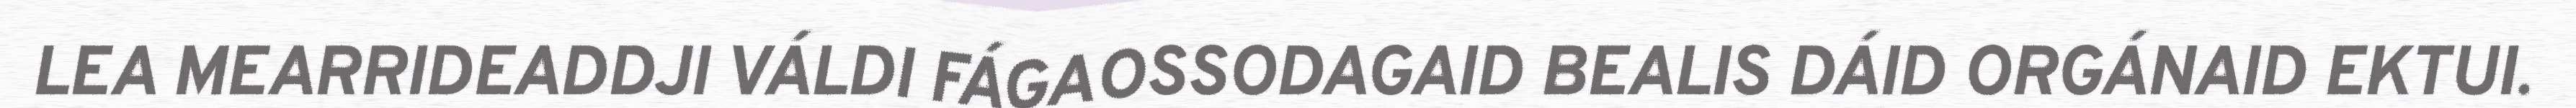
LEA MEARRIDEADDJI VÁLDI FÁGAOSSODAGAID BEALIS DÁID ORGÁNAID EKTUI.